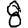
Digit: 8